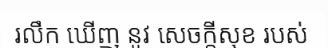
រលឹក ឃើញ នូវ សេចក្តីសុខ របស់